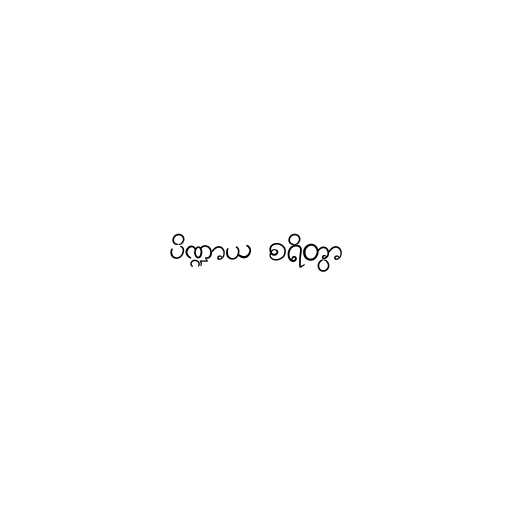
ပိဏ္ဍာယ စရိတွာ